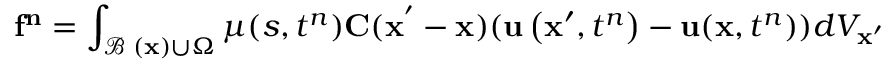
\mathbf { \mathbf { f } ^ { n } } = \int _ { \mathbf { \mathcal { B } _ { \delta } ( \mathbf { x } ) } \cup \Omega } \mu ( s , t ^ { n } ) \mathbf { C } ( \mathbf { \mathbf { x ^ { ' } } } - \mathbf { x } ) ( \mathbf { u } \left( \mathbf { x } ^ { \prime } , t ^ { n } \right) - \mathbf { u } ( \mathbf { x } , t ^ { n } ) ) d V _ { \mathbf { \mathbf { x } ^ { \prime } } }